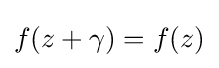
f(z+\gamma )=f(z)